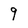
Character: 9